Medical and sanitary report of the native army of Madras for the year
Year: 1876
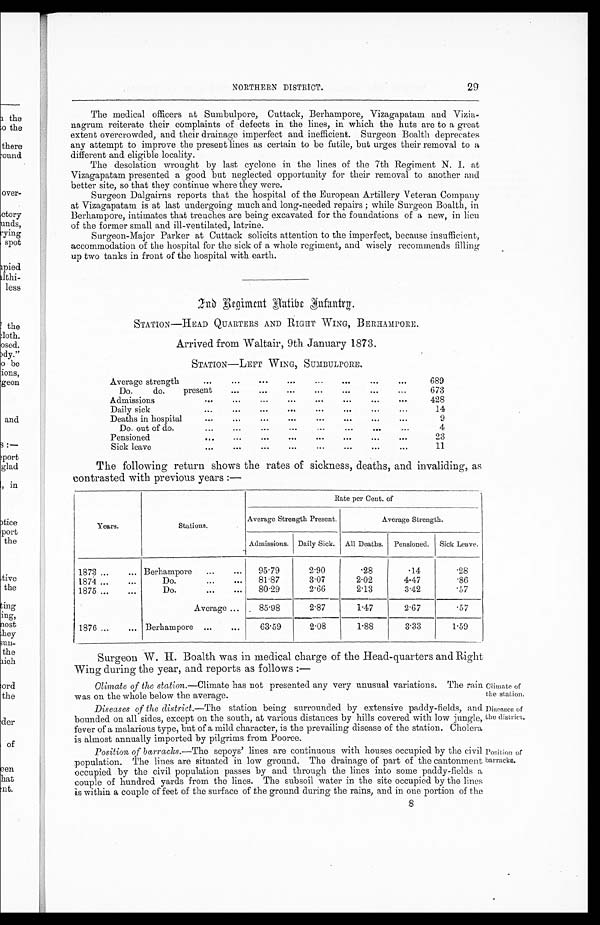
Clinate of
he station.
Diseases of
the district.
Position of
barracke.
NORTHERN DISTRICT.
29
The medical officers at Sumbulpore, Cuttack, Berhampore, Vizagapatam and Vizia-
nagrum reiterate their complaints of defects in the lines, in which the huts are to a great
extent overcrowded, and their drainage imperfect and inefficient. Surgeon Boalth deprecates
any attempt to improve the present lines as certain to be futile, but urges their removal to a
different and eligible locality.
The desolation wrought by last cyclone in the lines of the 7th Regiment N. I. at
Vizagapatam presented a good but neglected opportunity for their removal to another and
better site, so that they continue where they were.
Surgeon Dalgairns reports that the hospital of the European Artillery Veteran Company
at Vizagapatam is at last undergoing much and long-needed repairs ; while Surgeon Boalth, in
Berhampore, intimates that trenches are being excavated for the foundations of a new, in lien
of the former small and ill-ventilated, latrine.
Surgeon-Major Parker at Cuttack solicits attention to the imperfect, because insufficient,
accommodation of the hospital for the sick of a whole regiment, and wisely recommends filling
up two tanks in front of the hospital with earth.
2 nd Regiment Native Infantry.
STATION—HEAD QUARTERS AND RIGHT WING, BERHAMPORE.
Arrived from Waltair, 9th January 1873.
STATION—LEFT WING, SUMBULPORE.
Average strength
...
...
. . .
. . .
. . .
. . .
. . .
. . .
689
Do.
do.
present
...
...
...
...
. . .
. . .
...
673
Admissions
. . .
...
...
...
...
. . .
...
. . .
428
Daily sick
...
...
. . .
. . .
. . .
...
...
...
14
Deaths in hospital
...
...
...
...
...
. . .
...
...
9
Do. out of do.
...
...
...
...
. . .
...
. . .
...
4
Pensioned
. . .
. . .
. . .
. . .
. . .
. . .
. . .
...
23
Sick leave
. . .
. . .
. . .
. . .
. . .
. . .
. . .
. . .
11
The following return shows the rates of sickness, deaths, and invaliding, as
contrasted with previous years :—
Years.
Stations.
Rate per Cent. of
Average Strength Present.
Average Strength.
Admissions. Daily Sick. All Deaths. Pensioned. Sick Leave.
1873 ...
... Berhampore ...
...
95.79
2.90
.28
.14
.28
1874 ...
...
Do.
...
...
81.87
3.07
2.02
4.47
.86
1875 ...
...
Do.
...
...
80.29
2.66
2.13
3.42
.57
Average ... . 85.98
2.87
1.47
2.67
.57
1876 ...
... Berhampore ...
...
63.59
2.08
1.88
3.33
1.59
Surgeon W.H. Boalth was in medical charge of the Head-quarters and Right
Wing during the year, and reports as follows :—
Climate of the station. —Climate has not presented any very unusual variations. The rail
was on the whole below the average.
Diseases of the district .—The station being surrounded by extensive paddy-fields, and
bounded on all sides, except on the south, at various distances by hills covered with low jungle
fever of a malarious type, but of a mild character, is the prevailing disease of the station. Cholera
is almost annually imported by pilgrims from Pooree.
Position of barracks .—The sepoys' lines are continuous with houses occupied by the civi
population. The lines are situated in low ground. The drainage of part of the cantonment
occupied by the civil population passes by and through the lines into some paddy-fields
couple of hundred yards from the lines. The subsoil water in the site occupied by the lines
is within a couple of feet of the .surface of the ground during the rains, and in one portion of the
8